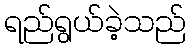
ရည်ရွယ်ခဲ့သည်